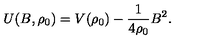
U ( B , \rho _ { 0 } ) = V ( \rho _ { 0 } ) - \frac { 1 } { 4 \rho _ { 0 } } B ^ { 2 } .